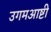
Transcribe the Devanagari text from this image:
उगमआष्टी